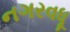
નગરવધૂ